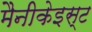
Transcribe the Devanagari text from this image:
मैनीकेइस्ट